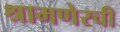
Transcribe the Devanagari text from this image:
श्रामणेरची